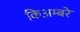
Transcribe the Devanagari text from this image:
किअम्बरे